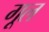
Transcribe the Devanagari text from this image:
गूल